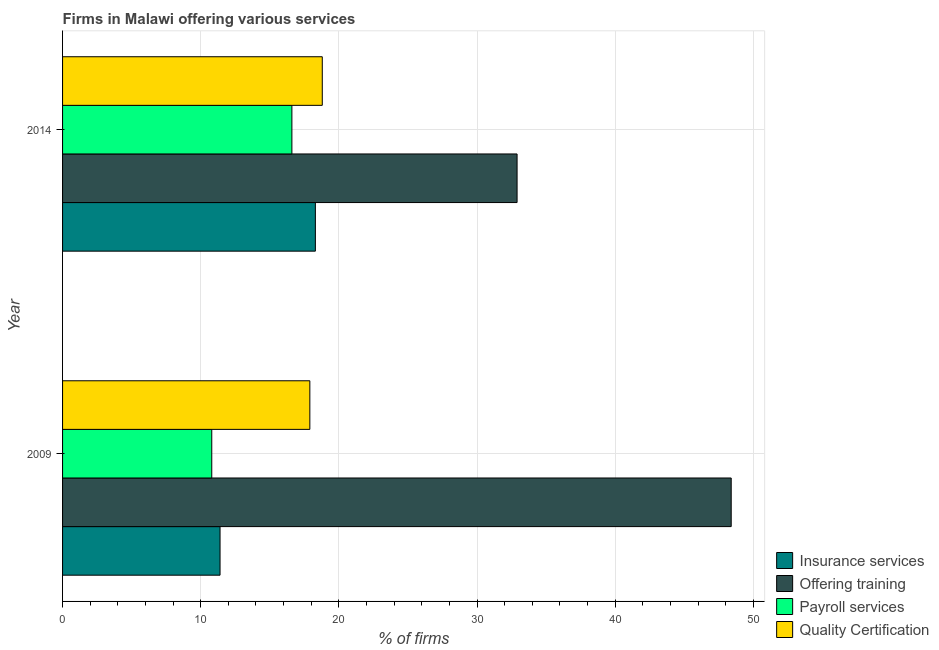
| Year | Insurance services | Offering training | Payroll services | Quality Certification |
 | --- | --- | --- | --- | --- |
 | 2009 | 11.4 | 48.4 | 10.8 | 17.9 |
 | 2014 | 18.3 | 32.9 | 16.6 | 18.8 |